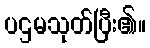
ပဌမသုတ်ပြီး၏။